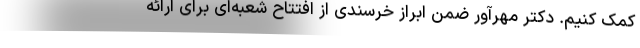
کمک کنیم. دکتر مهرآور ضمن ابراز خرسندی از افتتاح شعبه‌ای برای ارائه